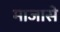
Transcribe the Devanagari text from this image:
माजासे